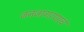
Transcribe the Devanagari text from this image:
जनजागरणाचे